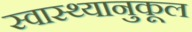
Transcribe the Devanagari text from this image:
स्वास्थ्यानुकूल